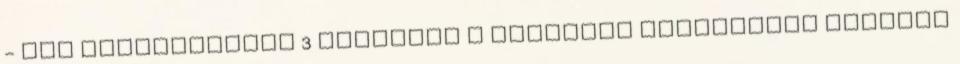
- PDF Költségvetés 3 milliárd a városnak Városőrség Mutatás